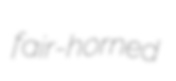
fair-horned